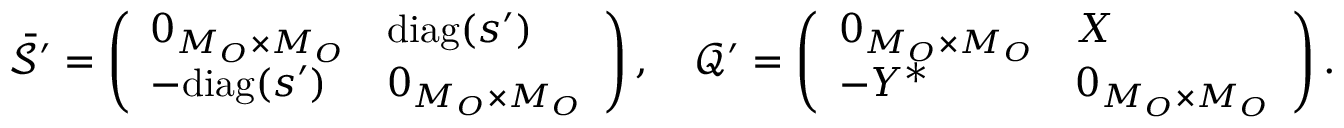
\bar { \mathcal { S } } ^ { \prime } = \left( \begin{array} { l l } { 0 _ { M _ { O } \times M _ { O } } } & { \mathrm { d i a g } ( s ^ { \prime } ) } \\ { - \mathrm { d i a g } ( s ^ { \prime } ) } & { 0 _ { M _ { O } \times M _ { O } } } \end{array} \right) , \quad \mathcal { Q } ^ { \prime } = \left( \begin{array} { l l } { 0 _ { M _ { O } \times M _ { O } } } & { X } \\ { - Y ^ { * } } & { 0 _ { M _ { O } \times M _ { O } } } \end{array} \right) .